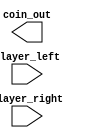
`timescale 1ns / 1ps
//////////////////////////////////////////////////////////////////////////////////
// Company: 
// Engineer: 
// 
// Design Name: 
// Module Name:    coin_driver 
// Project Name: 
// Target Devices: 
// Tool versions: 
// Description: 
//
// Dependencies: 
//
// Revision: 
// Revision 0.01 - File Created
// Additional Comments: 
//
//////////////////////////////////////////////////////////////////////////////////
module coin_driver(
    input [9:0] player_left,
    input [9:0] player_right,
    output [3:0] coin_out
    );


endmodule